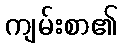
ကျမ်းစာ၏